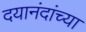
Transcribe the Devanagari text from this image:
दयानंदांच्या